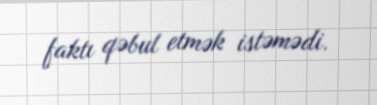
faktı qəbul etmək istəmədi.